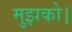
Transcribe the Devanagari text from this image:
मुझको।